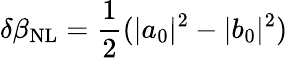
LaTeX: \delta\beta_{\mathrm{NL}}=\frac{1}{2}(|a_{0}|^{2}-|b_{0}|^{2})